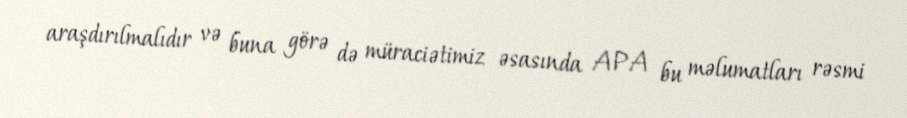
araşdırılmalıdır və buna görə də müraciətimiz əsasında APA bu məlumatları rəsmi